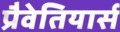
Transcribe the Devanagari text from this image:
प्रैवेतियार्स